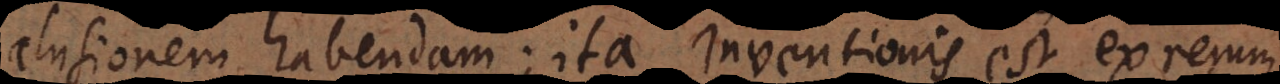
lusionem habendam; ita inventionis est ex rerum